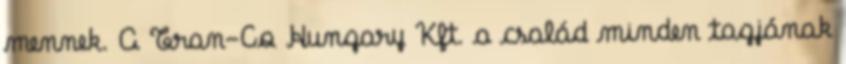
mennek. A Tran-Co Hungary Kft. a család minden tagjának